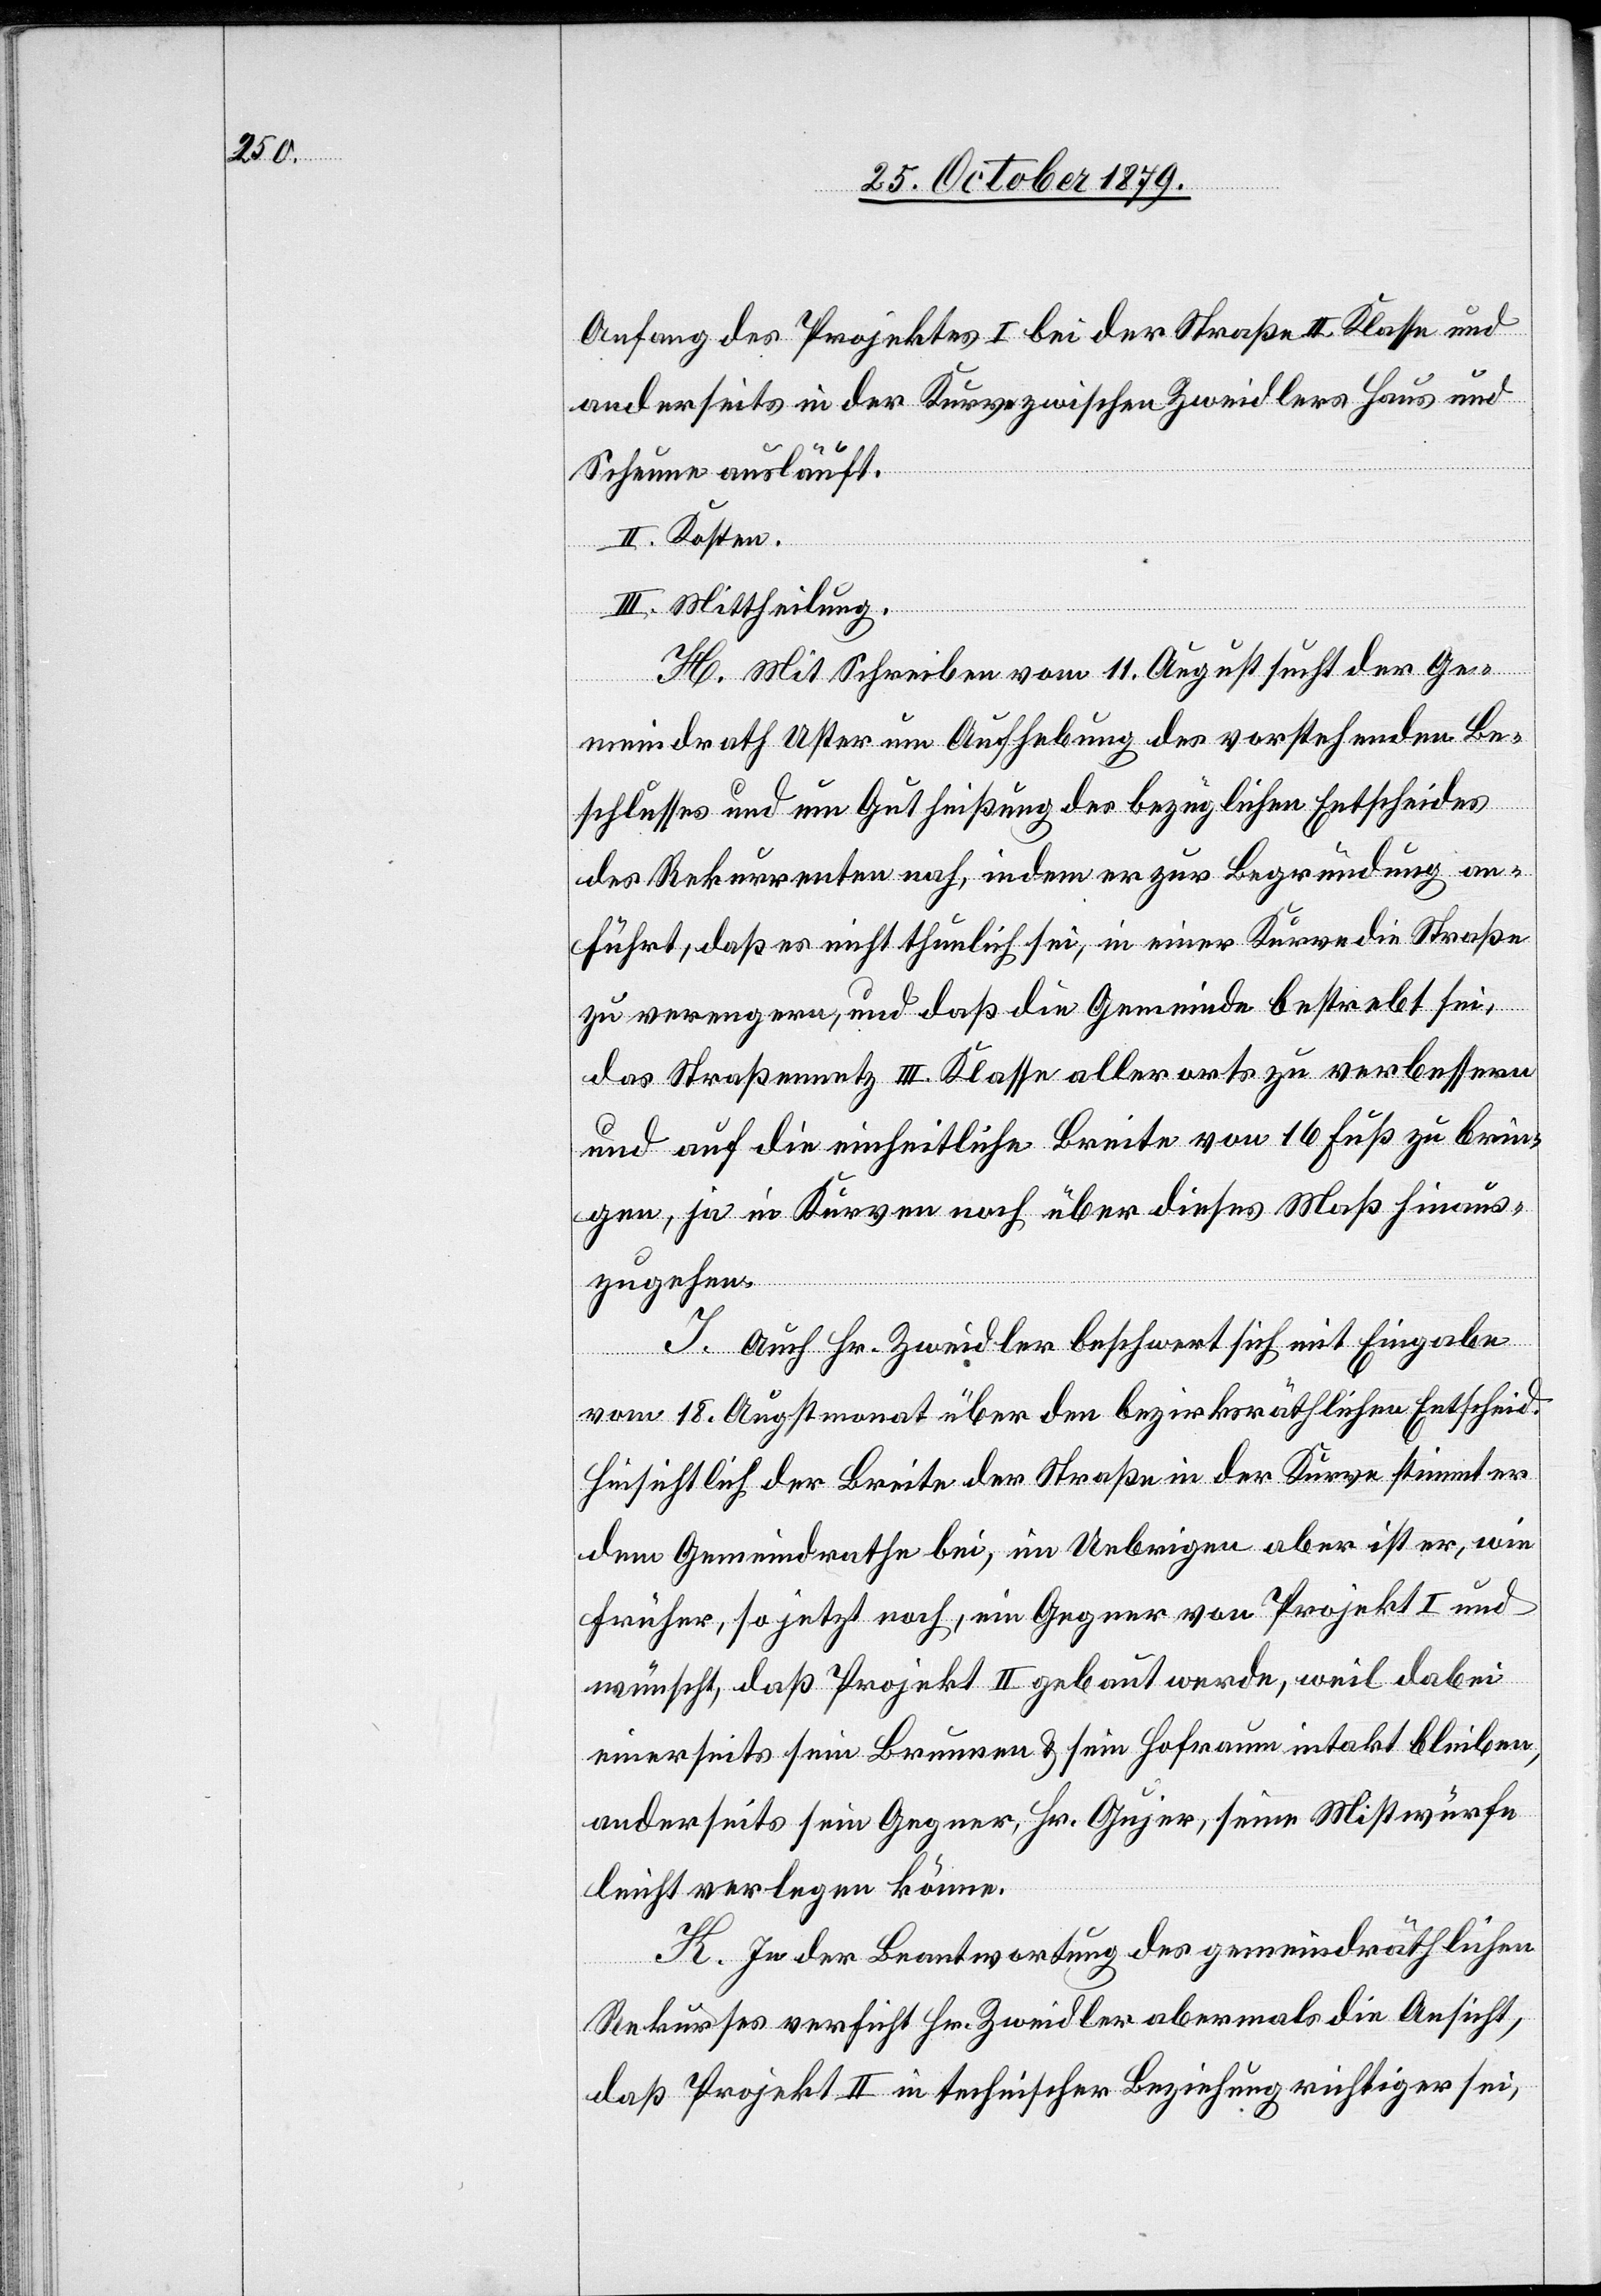
Anfang des Projektes I bei der Straße II. Klasse an¬
derseits in der Kurve zwischen Zweidlers Haus und
Scheune ausläuft.
II. Kosten.
III. Mittheilung.
H. Mit Schreiben vom 11. August sucht der Ge¬
meindrath Uster um Aufhebung des vorstehenden Be¬
schlusses und um Gutheißung des bezüglichen Entscheides
des Rekurrenten nach, indem er zur Begründung an¬
führt, daß es nicht thunlich sei, in einer Kurve die Straße
zu verengen, und daß die Gemeinde bestrebt sei,
das Straßennetz III. Klasse allerorts zu verbessern
und auf die einseitliche Breite von 16 Fuß zu brin¬
gen, ja in Kurven noch über dieses Maß hinaus¬
zugehen.
J. Auch Hr. Zweidler beschwert sich mit Eingabe
vom 18. Augstmonat über den bezirksräthlichen Entscheid.
Hinsichtlich der Breite der Straße in der Kurve stimmt er
dem Gemeindrathe bei, im Uebrigen aber ist er, wie
früher, so jetzt noch, ein Gegner von Projekt I und
wünscht, daß Projekt II gebaut werde, weil dabei
einerseits sein Brunnen & sein Hofraum intakt bleiben,
anderseits sein Gegner, Hr. Gujer, seine Mistwürfe
leicht verlegen könne.
K. In der Beantwortung des gemeindräthlichen
Rekurses verficht Hr. Zweidler abermals die Ansicht,
daß Projekt II in technischer Beziehung richtiger sei,